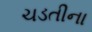
ચડતીના